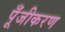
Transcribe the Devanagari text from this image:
पूँजीकरण